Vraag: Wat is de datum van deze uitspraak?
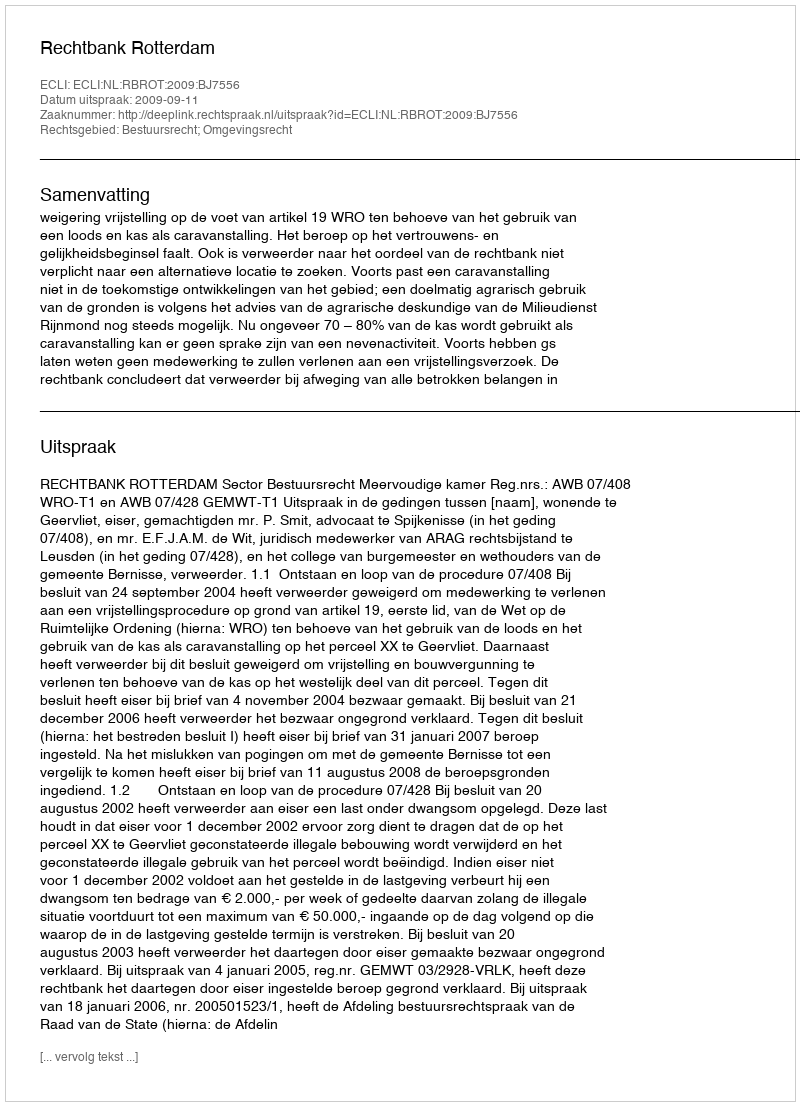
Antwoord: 2009-09-11